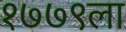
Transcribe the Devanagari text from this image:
१७७९ला